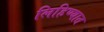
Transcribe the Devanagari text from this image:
लिहिण्‍यात